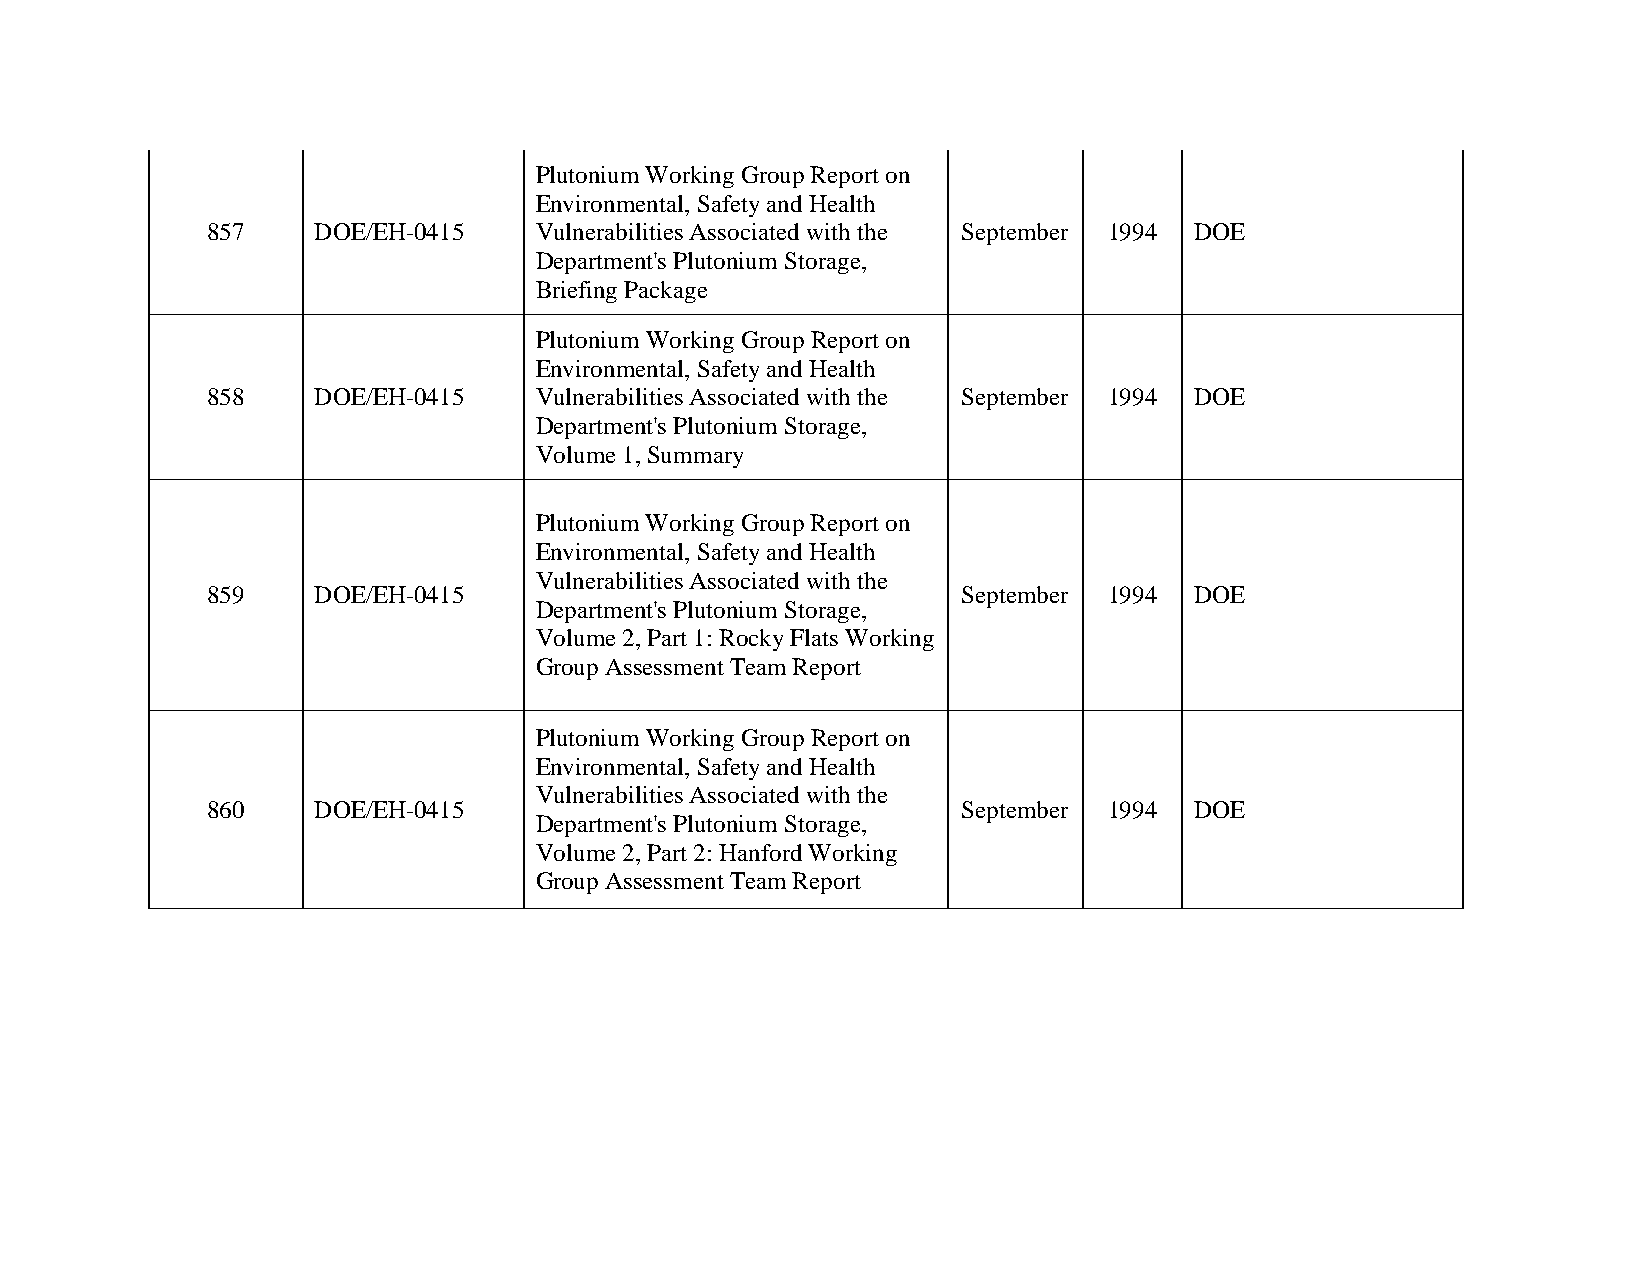
Plutonium Working Group Report on
 Environmental, Safety and Health
 857    DOE/EH-0415   Vulnerabilities Associated with the September 1994 DOE
 Department's Plutonium Storage,
 Briefing Package
 Plutonium Working Group Report on
 Environmental, Safety and Health
 858    DOE/EH-0415   Vulnerabilities Associated with the September 1994 DOE
 Department's Plutonium Storage,
 Volume 1, Summary
 Plutonium Working Group Report on
 Environmental, Safety and Health
 Vulnerabilities Associated with the
 859    DOE/EH-0415                                September 1994 DOE
 Department's Plutonium Storage,
 Volume 2, Part 1: Rocky Flats Working
 Group Assessment Team Report
 Plutonium Working Group Report on
 Environmental, Safety and Health
 Vulnerabilities Associated with the
 860    DOE/EH-0415                                September 1994 DOE
 Department's Plutonium Storage,
 Volume 2, Part 2: Hanford Working
 Group Assessment Team Report